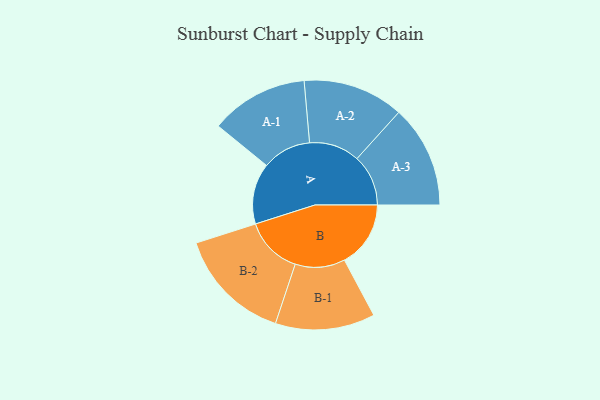
{"axis": {"x": "Segment", "y": "Value"}, "legend": ["", "A", "B"], "data": [{"x": "A", "y": 297, "type": ""}, {"x": "B", "y": 323, "type": ""}, {"x": "A-1", "y": 239, "type": "A"}, {"x": "A-2", "y": 246, "type": "A"}, {"x": "A-3", "y": 250, "type": "A"}, {"x": "B-1", "y": 243, "type": "B"}, {"x": "B-2", "y": 281, "type": "B"}]}